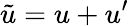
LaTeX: \tilde{u}=u+u^{\prime}